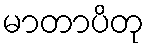
မာတာပိတု